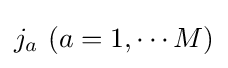
j_{a}\ (a=1,\cdots M)